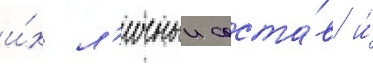
и́х л'ичныи соста́в и́